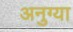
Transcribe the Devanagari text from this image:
अनुग्या